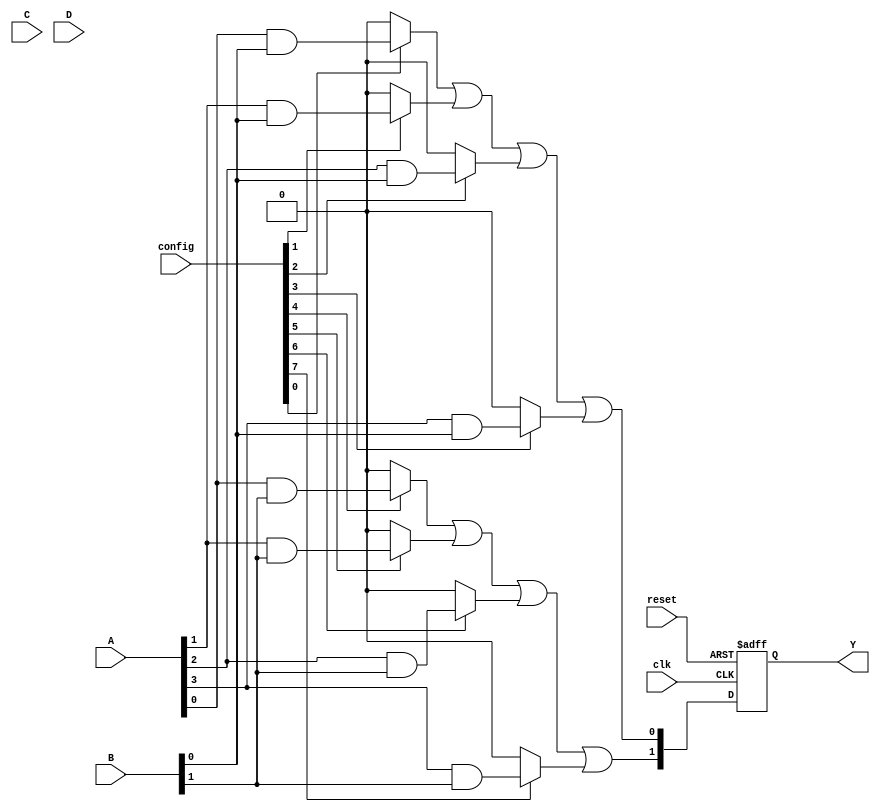
module CLB (
    input wire [3:0] A,        // Input lines A[3:0]
    input wire [3:0] B,        // Input lines B[3:0]
    input wire [3:0] C,        // Input lines C[3:0]
    input wire [3:0] D,        // Input lines D[3:0]
    input wire clk,            // Clock signal
    input wire reset,          // Reset signal
    input wire [15:0] config,  // Configuration memory for AND/OR logic
    output reg [1:0] Y         // Output lines Y[1:0]
);

    // Internal signals for product terms
    wire [15:0] product_terms; // Product terms from AND array
    wire [1:0] final_terms;     // Final terms from OR array

    // Programmable AND array
    generate
        genvar i;
        for (i = 0; i < 16; i = i + 1) begin : and_array
            assign product_terms[i] = (config[i]) ? (A[i % 4] & B[i / 4]) : 1'b0;
        end
    endgenerate

    // Programmable OR array
    assign final_terms[0] = product_terms[0] | product_terms[1] | product_terms[2] | product_terms[3];
    assign final_terms[1] = product_terms[4] | product_terms[5] | product_terms[6] | product_terms[7];

    // Feedback paths (example)
    always @(posedge clk or posedge reset) begin
        if (reset) begin
            Y <= 2'b00; // Reset outputs
        end else begin
            Y <= final_terms; // Update outputs with final terms
        end
    end

endmodule